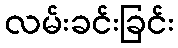
လမ်းခင်းခြင်း